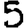
Digit: 5